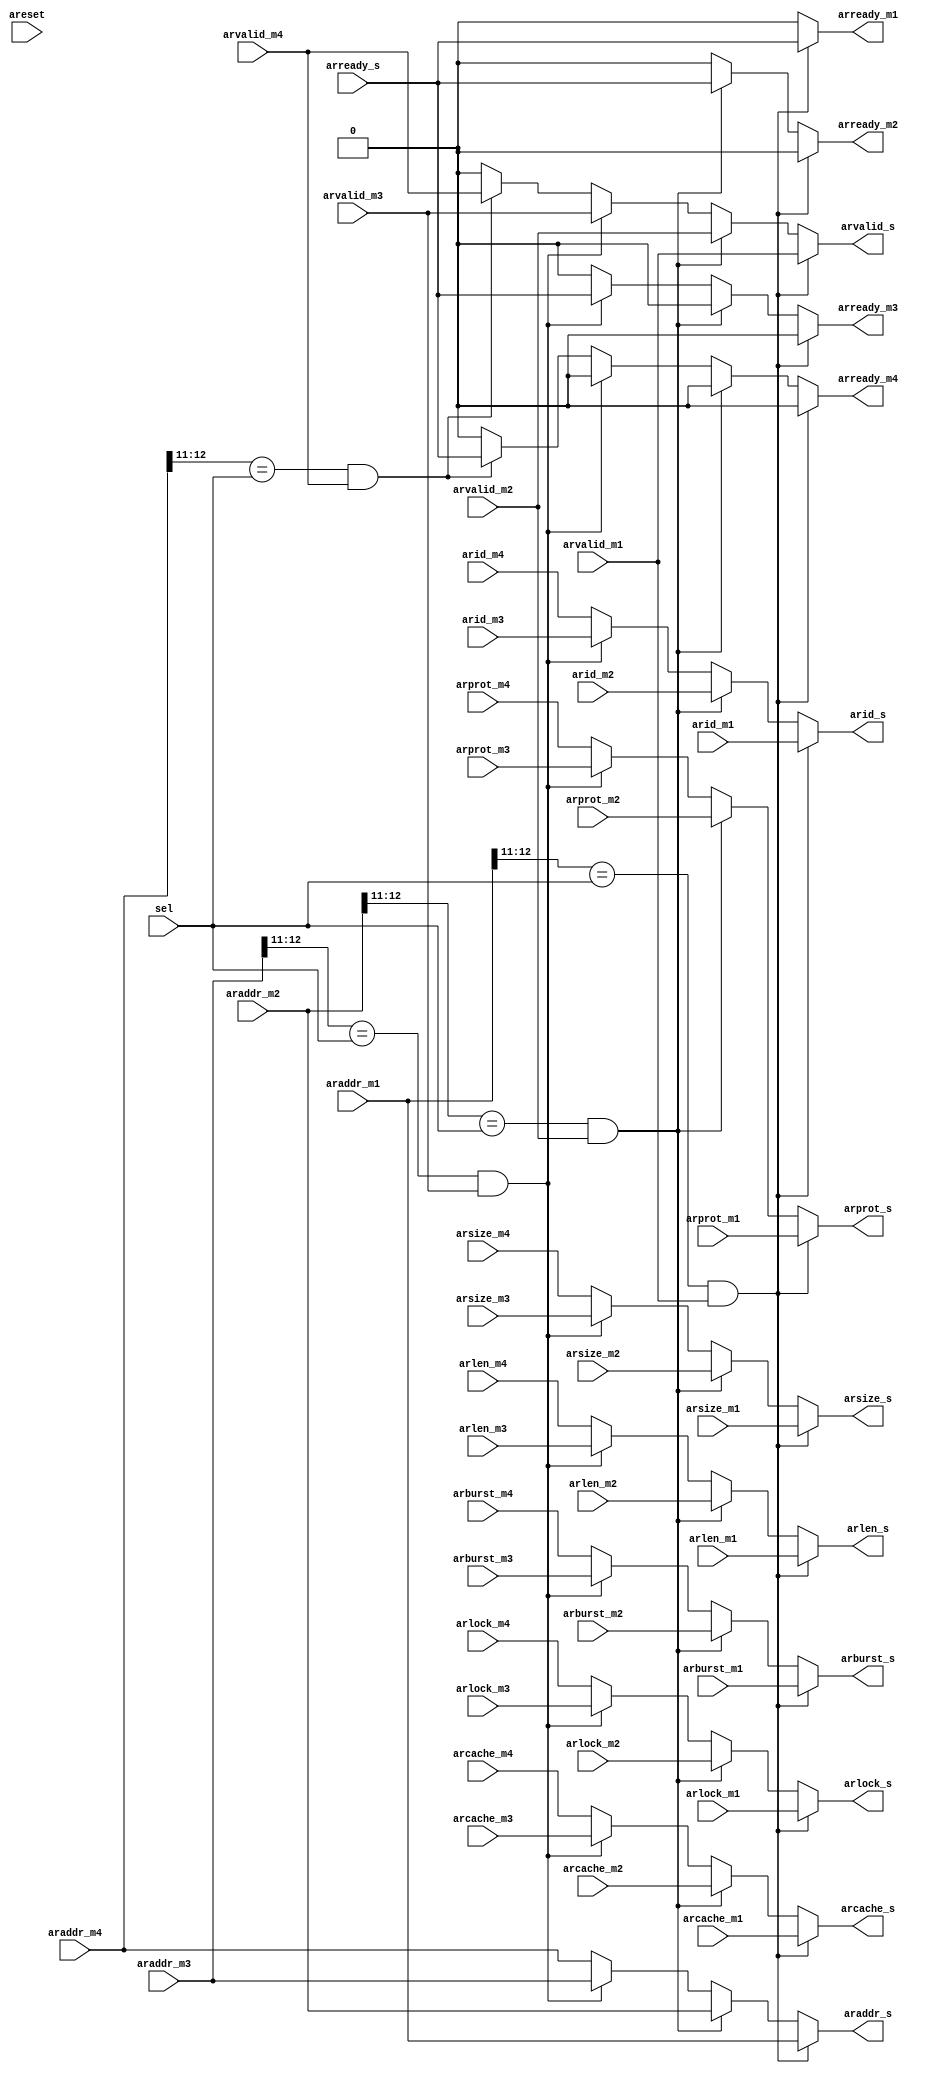
module ar_mux_m4(
input areset,

// master 1
input   [31:0]  araddr_m1,
input    [3:0]  arid_m1,
input    [1:0]  arburst_m1,
input    [3:0]  arlen_m1,
input    [2:0]  arsize_m1,
input    [1:0]  arlock_m1,
input    [3:0]  arcache_m1,
input    [2:0]  arprot_m1,
input           arvalid_m1,
output          arready_m1,

// master 2
input   [31:0]  araddr_m2,
input    [3:0]  arid_m2,
input    [1:0]  arburst_m2,
input    [3:0]  arlen_m2,
input    [2:0]  arsize_m2,
input    [1:0]  arlock_m2,
input    [3:0]  arcache_m2,
input    [2:0]  arprot_m2,
input           arvalid_m2,
output          arready_m2,

// master 3
input   [31:0]  araddr_m3,
input    [3:0]  arid_m3,
input    [1:0]  arburst_m3,
input    [3:0]  arlen_m3,
input    [2:0]  arsize_m3,
input    [1:0]  arlock_m3,
input    [3:0]  arcache_m3,
input    [2:0]  arprot_m3,
input           arvalid_m3,
output          arready_m3,

// master 4
input   [31:0]  araddr_m4,
input    [3:0]  arid_m4,
input    [1:0]  arburst_m4,
input    [3:0]  arlen_m4,
input    [2:0]  arsize_m4,
input    [1:0]  arlock_m4,
input    [3:0]  arcache_m4,
input    [2:0]  arprot_m4,
input           arvalid_m4,
output          arready_m4,

// slave
output  [31:0]  araddr_s,
output   [3:0]  arid_s,
output   [1:0]  arburst_s,
output   [3:0]  arlen_s,
output   [2:0]  arsize_s,
output   [1:0]  arlock_s,
output   [3:0]  arcache_s,
output   [2:0]  arprot_s,
output          arvalid_s,
input           arready_s,

// select
input    [1:0]  sel
);


// AR MUX
assign araddr_s   = ((araddr_m1[12:11]==sel)&arvalid_m1) ? araddr_m1 : ((araddr_m2[12:11]==sel)&arvalid_m2) ? araddr_m2 : ((araddr_m3[12:11]==sel)&arvalid_m3) ? araddr_m3 : araddr_m4;
assign arid_s     = ((araddr_m1[12:11]==sel)&arvalid_m1) ? {2'b00,arid_m1} : ((araddr_m2[12:11]==sel)&arvalid_m2) ? {2'b01,arid_m2} : ((araddr_m3[12:11]==sel)&arvalid_m3) ? {2'b10,arid_m3} : {2'b11,arid_m4};
assign arlen_s    = ((araddr_m1[12:11]==sel)&arvalid_m1) ? arlen_m1 : ((araddr_m2[12:11]==sel)&arvalid_m2) ? arlen_m2 : ((araddr_m3[12:11]==sel)&arvalid_m3) ? arlen_m3 : arlen_m4;
assign arsize_s   = ((araddr_m1[12:11]==sel)&arvalid_m1) ? arsize_m1 : ((araddr_m2[12:11]==sel)&arvalid_m2) ? arsize_m2 : ((araddr_m3[12:11]==sel)&arvalid_m3) ? arsize_m3 : arsize_m4;
assign arburst_s  = ((araddr_m1[12:11]==sel)&arvalid_m1) ? arburst_m1 : ((araddr_m2[12:11]==sel)&arvalid_m2) ? arburst_m2 : ((araddr_m3[12:11]==sel)&arvalid_m3) ? arburst_m3 : arburst_m4;
assign arlock_s   = ((araddr_m1[12:11]==sel)&arvalid_m1) ? arlock_m1 : ((araddr_m2[12:11]==sel)&arvalid_m2) ? arlock_m2 : ((araddr_m3[12:11]==sel)&arvalid_m3) ? arlock_m3 : arlock_m4;
assign arcache_s  = ((araddr_m1[12:11]==sel)&arvalid_m1) ? arcache_m1 : ((araddr_m2[12:11]==sel)&arvalid_m2) ? arcache_m2 : ((araddr_m3[12:11]==sel)&arvalid_m3) ? arcache_m3 : arcache_m4;
assign arprot_s   = ((araddr_m1[12:11]==sel)&arvalid_m1) ? arprot_m1 : ((araddr_m2[12:11]==sel)&arvalid_m2) ? arprot_m2 : ((araddr_m3[12:11]==sel)&arvalid_m3) ? arprot_m3 : arprot_m4;

assign arvalid_s  = ((araddr_m1[12:11]==sel)&arvalid_m1) ? arvalid_m1 : ((araddr_m2[12:11]==sel)&arvalid_m2) ? arvalid_m2 : ((araddr_m3[12:11]==sel)&arvalid_m3) ? arvalid_m3 : ((araddr_m4[12:11]==sel)&arvalid_m4) ? arvalid_m4 : 1'b0;
assign arready_m1 = ((araddr_m1[12:11]==sel)&arvalid_m1) ? arready_s : ((araddr_m2[12:11]==sel)&arvalid_m2) ? 1'b0 : ((araddr_m3[12:11]==sel)&arvalid_m3) ? 1'b0 : ((araddr_m4[12:11]==sel)&arvalid_m4) ? 1'b0 : 1'b0;
assign arready_m2 = ((araddr_m1[12:11]==sel)&arvalid_m1) ? 1'b0 : ((araddr_m2[12:11]==sel)&arvalid_m2) ? arready_s : ((araddr_m3[12:11]==sel)&arvalid_m3) ? 1'b0 : ((araddr_m4[12:11]==sel)&arvalid_m4) ? 1'b0 : 1'b0;
assign arready_m3 = ((araddr_m1[12:11]==sel)&arvalid_m1) ? 1'b0 : ((araddr_m2[12:11]==sel)&arvalid_m2) ? 1'b0 : ((araddr_m3[12:11]==sel)&arvalid_m3) ? arready_s : ((araddr_m4[12:11]==sel)&arvalid_m4) ? 1'b0 : 1'b0;
assign arready_m4 = ((araddr_m1[12:11]==sel)&arvalid_m1) ? 1'b0 : ((araddr_m2[12:11]==sel)&arvalid_m2) ? 1'b0 : ((araddr_m3[12:11]==sel)&arvalid_m3) ? 1'b0 : ((araddr_m4[12:11]==sel)&arvalid_m4) ? arready_s : 1'b0;

endmodule